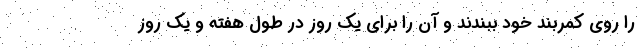
را روی کمربند خود ببندند و آن را برای یک روز در طول هفته و یک روز